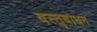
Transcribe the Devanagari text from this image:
वस्तुबोधन